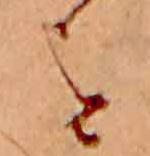
を